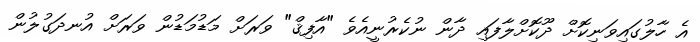
އެ ހާލުގައިވަނިކޮށް ދޫކޮށްލާފައި ދާން ނުކެރުނީއެވެ "އާފިޤް" ވަރަށް މަޑުމަޑުން ވަރަށް އުނދަގުލުން